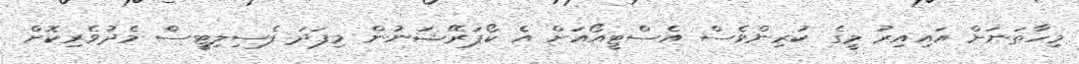
މިހާތަނަށް އައިއިރު މީގެ ކުރިންވެސް އެސްޓީއޯއަށް އެ ކޯޕަރޭޝަނުން މިފަދަ ފެސިލިޓީސް މެދުވެރިކޮށް